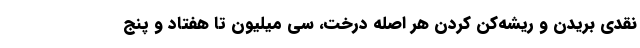
نقدی بریدن و ریشه­‌کن کردن هر اصله درخت، سی میلیون تا هفتاد و پنج